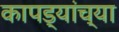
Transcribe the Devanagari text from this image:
कापड्यांच्या